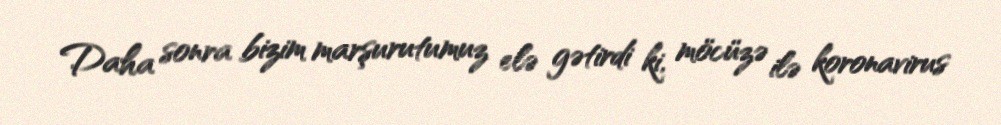
Daha sonra bizim marşurutumuz elə gətirdi ki, möcüzə ilə koronavirus